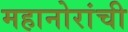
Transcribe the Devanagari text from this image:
महानोरांची